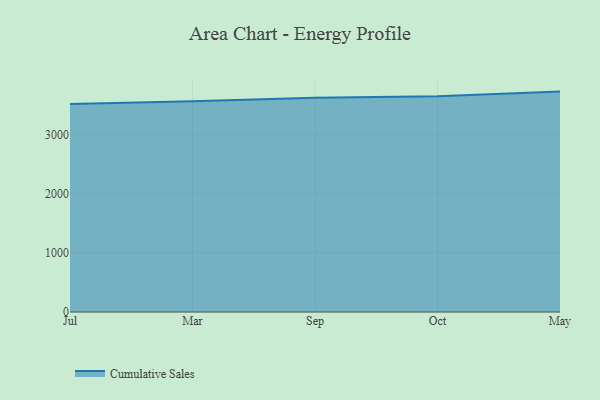
{"axis": {"x": "Month", "y": "Production Output"}, "legend": ["Cumulative Sales"], "data": [{"x": "Jul", "y": 3518.0, "type": "Cumulative Sales"}, {"x": "Mar", "y": 3561.9, "type": "Cumulative Sales"}, {"x": "Sep", "y": 3621.2, "type": "Cumulative Sales"}, {"x": "Oct", "y": 3648.6, "type": "Cumulative Sales"}, {"x": "May", "y": 3725.6, "type": "Cumulative Sales"}]}